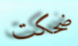
ضحكت